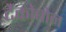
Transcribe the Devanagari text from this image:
टैंकोबोन